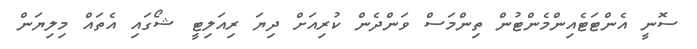
ސޮނީ އެންޓަޓެއިންމެންޓުން ތިންމަސް ވަންދެން ކުރިއަށް ދިޔަ ރިއަލިޓީ ޝޯގައި އެތައް މިލިޔަން